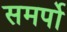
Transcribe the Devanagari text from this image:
समर्पो